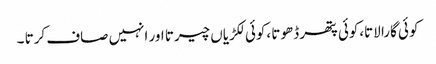
کوئی گارا لاتا،کوئی پتھر ڈھوتا ،کوئی لکڑیاں چیرتا اور انہیں صاف کرتا ۔